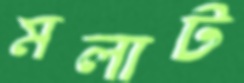
মলাট